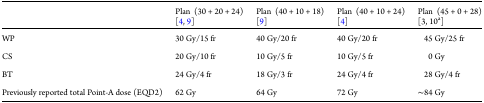
<table><thead><tr><td></td><td><b>Plan (30 + 20 + 24) [4, 9]</b></td><td><b>Plan (40 + 10 + 18) [9]</b></td><td><b>Plan (40 + 10 + 24) [4]</b></td><td><b>Plan (45 + 0 + 28) [3, 10<sup>a</sup>]</b></td></tr></thead><tbody><tr><td>WP</td><td>30 Gy/15 fr</td><td>40 Gy/20 fr</td><td>40 Gy/20 fr</td><td>45 Gy/25 fr</td></tr><tr><td>CS</td><td>20 Gy/10 fr</td><td>10 Gy/5 fr</td><td>10 Gy/5 fr</td><td>0 Gy</td></tr><tr><td>BT</td><td>24 Gy/4 fr</td><td>18 Gy/3 fr</td><td>24 Gy/4 fr</td><td>28 Gy/4 fr</td></tr><tr><td>Previously reported total Point-A dose (EQD2)</td><td>62 Gy</td><td>64 Gy</td><td>72 Gy</td><td>∼84 Gy</td></tr></tbody></table>